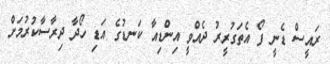
ރައީސް ޑެނީ ފޯ އެތަގުރީރު ދެއްވީ އިންޑިއާ ކަނޑުގެ އަޑި ހޯދާ ދިރާސާކުރުމަށް